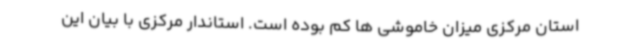
استان مرکزی میزان خاموشی ها کم بوده است. استاندار مرکزی با بیان این